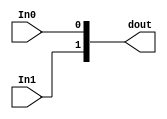
module zqynq_lab_1_design_xlconcat_0_1
   (In0,
    In1,
    dout);
  input [0:0]In0;
  input [0:0]In1;
  output [1:0]dout;

  wire [0:0]In0;
  wire [0:0]In1;

  assign dout[1] = In1;
  assign dout[0] = In0;
endmodule